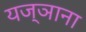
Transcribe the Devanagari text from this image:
यज्ञाना